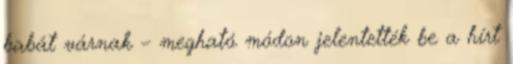
babát várnak – megható módon jelentették be a hírt